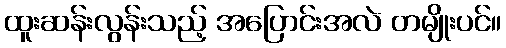
ထူးဆန်းလွန်းသည့် အပြောင်းအလဲ တမျိုးပင်။